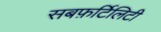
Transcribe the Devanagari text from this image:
सबफ़र्टिलिटी